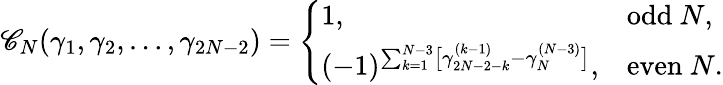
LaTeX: \begin{array}{r}{\mathscr C_{N}(\gamma_{1},\gamma_{2},\dots,\gamma_{2N-2})=\left\{ \begin{array}{ll}{1,}&{\mathrm{odd~}N,}\\ {(-1)^{\sum_{k=1}^{N-3}\bigl[\gamma_{2N-2-k}^{(k-1)}-\gamma_{N}^{(N-3)}\bigr]},}&{\mathrm{even~}N.}\end{array}\right.}\end{array}